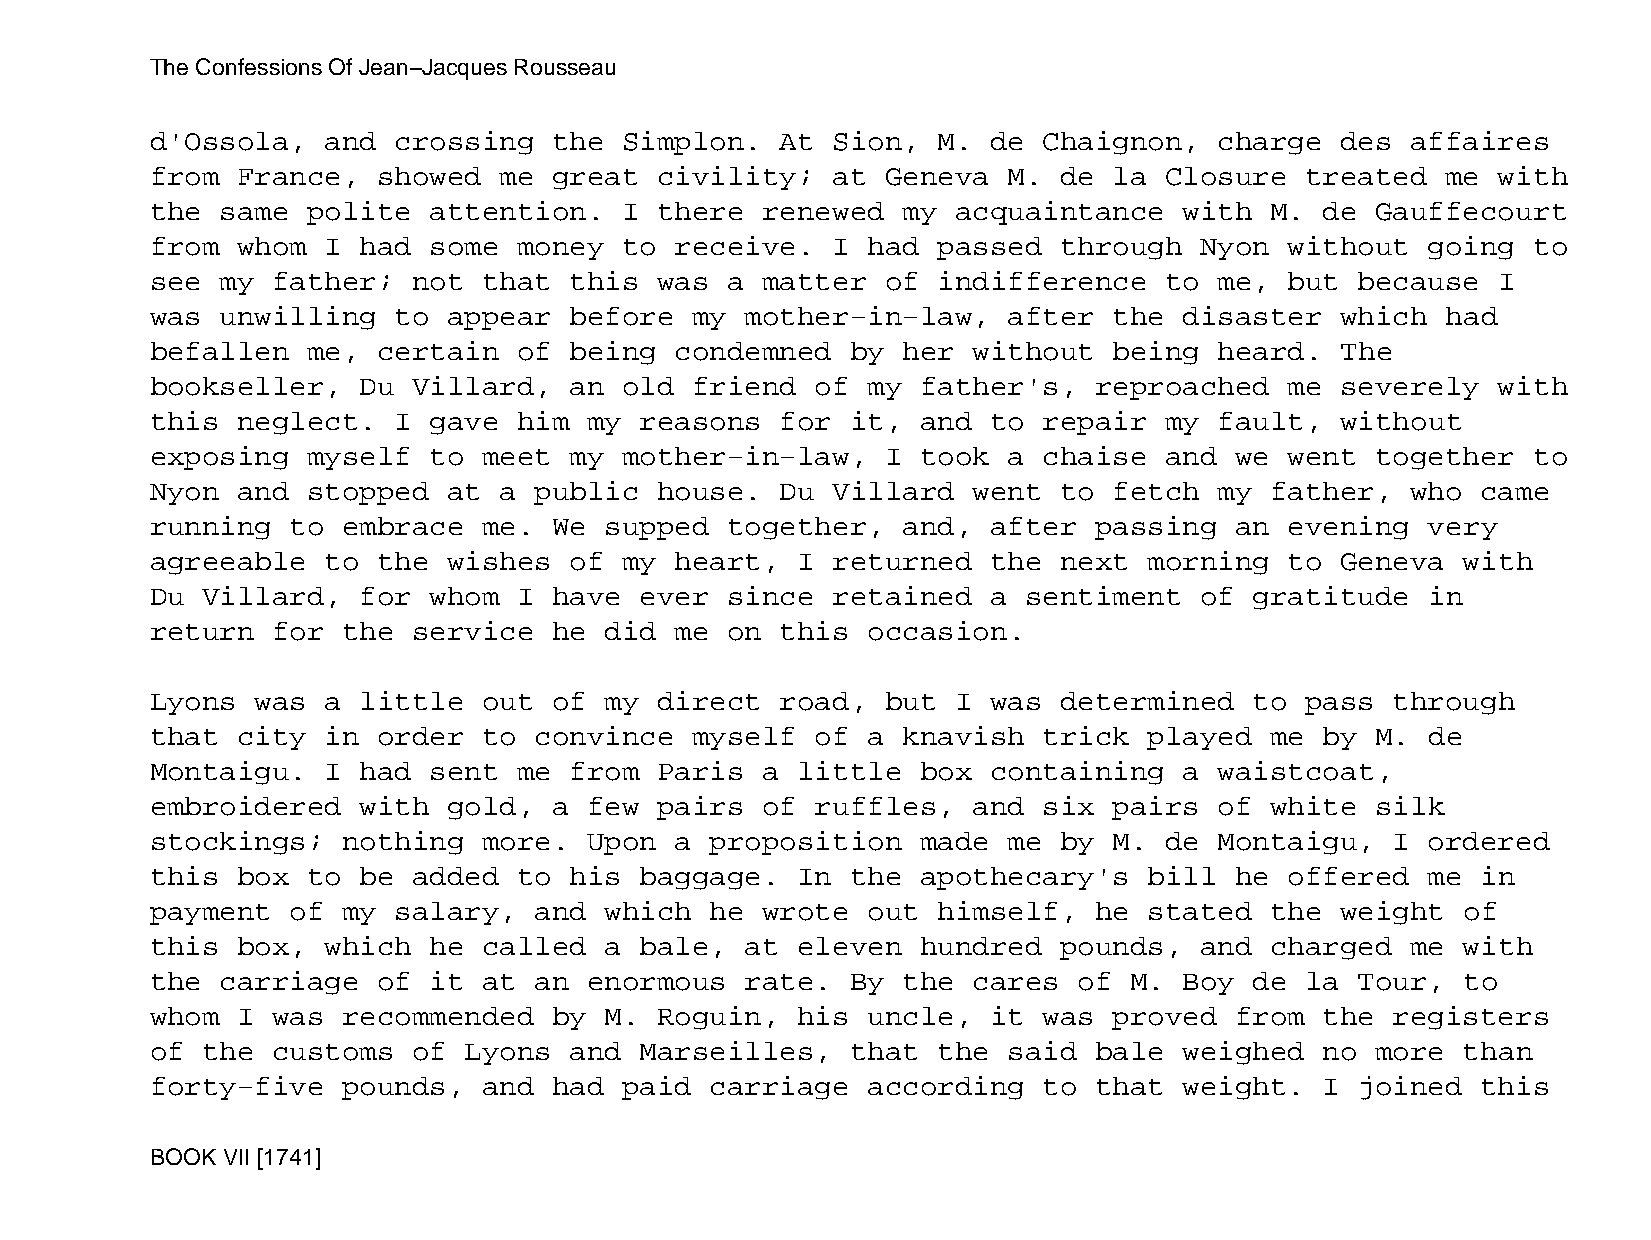
The Confessions Of Jean−Jacques Rousseau
 d'Ossola,   and crossing   the Simplon.   At Sion,  M.  de Chaignon,   charge  des affaires
 from  France,  showed  me  great  civility;  at  Geneva  M. de  la Closure  treated   me with
 the  same polite  attention.   I  there renewed   my acquaintance   with  M.  de Gauffecourt
 from  whom  I had some  money  to  receive.  I had  passed  through  Nyon  without   going to
 see  my father;  not  that  this  was a matter   of indifference   to  me, but  because  I
 was  unwilling  to  appear  before  my mother−in−law,    after  the disaster   which  had
 befallen  me,  certain  of  being  condemned  by  her without   being  heard.  The
 bookseller,   Du Villard,   an old  friend  of my  father's,  reproached   me  severely  with
 this  neglect.  I gave  him  my reasons   for it,  and  to repair  my  fault,  without
 exposing  myself  to  meet  my mother−in−law,    I took  a chaise  and  we went  together  to
 Nyon  and stopped   at a public   house.  Du Villard  went  to  fetch  my father,  who  came
 running  to  embrace  me.  We supped  together,   and,  after passing   an evening   very
 agreeable   to the  wishes  of my  heart,  I returned   the next  morning  to  Geneva  with
 Du Villard,   for whom  I  have ever  since  retained   a sentiment  of  gratitude   in
 return  for  the service   he did  me on  this occasion.
 Lyons  was  a little  out  of my  direct  road,  but I  was determined   to pass  through
 that  city  in order  to convince   myself  of a  knavish  trick  played  me  by M.  de
 Montaigu.   I had sent  me  from  Paris a  little  box  containing  a  waistcoat,
 embroidered   with  gold,  a few  pairs of  ruffles,  and  six  pairs  of white  silk
 stockings;   nothing  more.  Upon  a proposition   made  me by  M. de  Montaigu,  I  ordered
 this  box to  be added  to  his baggage.   In the  apothecary's   bill  he offered   me in
 payment  of  my salary,  and  which  he wrote  out  himself,  he  stated  the  weight  of
 this  box,  which he  called  a bale,  at  eleven  hundred  pounds,  and  charged  me  with
 the  carriage  of it  at an  enormous  rate.  By  the cares  of  M. Boy  de la  Tour,  to
 whom  I was  recommended   by M.  Roguin,  his uncle,   it was  proved  from  the registers
 of the  customs  of  Lyons  and Marseilles,   that  the  said bale  weighed   no more  than
 forty−five   pounds,  and  had paid  carriage  according   to that  weight.   I joined  this
 BOOK VII [1741]